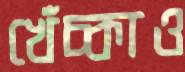
খেঁচ্‌কাও